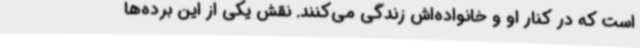
است که در کنار او و خانواده‌اش زندگی می‌کنند. نقش یکی از این برده‌ها